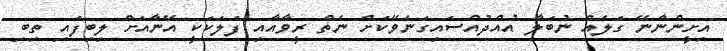
އިށީންނާނޭ ގަލެއް ނުބަލާ އުއްދުއްސައިގަނެވޭކަށް ނެތް ރީވާއާއި ފަލަކަކީ އޭނާއަށް ލިބިފައި ތިބި